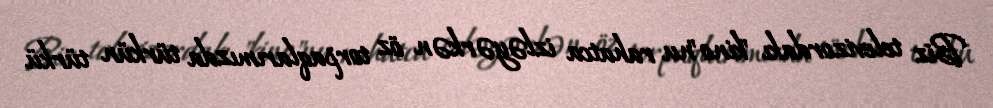
Biz televizordakı "kino"nu rahatca izləyərkən öz torpaqlarımızda türkün türkü